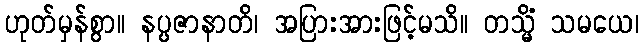
ဟုတ်မှန်စွာ။ နပ္ပဇာနာတိ၊ အပြားအားဖြင့်မသိ။ တသ္မိံ သမယေ၊